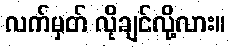
လက်မှတ် လိုချင်လို့လား။